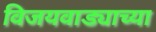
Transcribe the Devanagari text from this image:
विजयवाड्याच्या